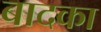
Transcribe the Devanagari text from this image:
बादका